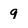
Character: 9